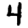
Digit: 4